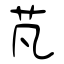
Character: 芃